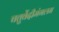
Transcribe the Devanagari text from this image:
चतुर्वेदीमंगलम